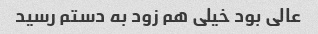
عالی بود خیلی هم زود به دستم رسید